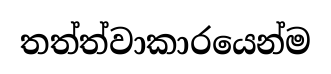
තත්ත්වාකාරයෙන්ම